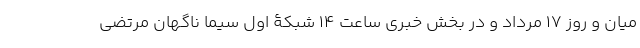
میان و روز 17 مرداد و در بخش خبری ساعت 14 شبکۀ اول سیما ناگهان مرتضی